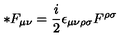
* F _ { \mu \nu } = \frac { i } { 2 } \epsilon _ { \mu \nu \rho \sigma } F ^ { \rho \sigma }